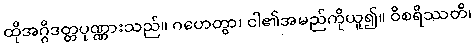
ထိုအဂ္ဂိဒတ္တပုဏ္ဏားသည်။ ဂဟေတွာ၊ ငါ၏အမည်ကိုယူ၍။ ဝိစရိဿတိ၊